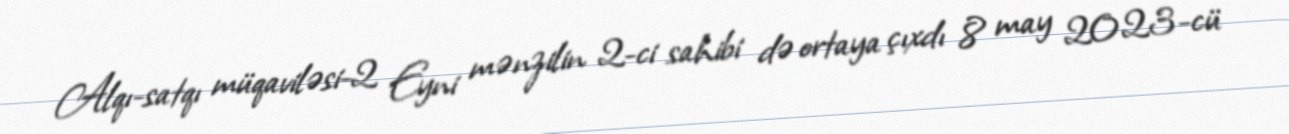
Alqı-satqı müqaviləsi-2 Eyni mənzilin 2-ci sahibi də ortaya çıxdı 8 may 2023-cü